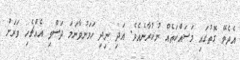
އެދެވޭ ގޮތުގައި މަސައްކަތެއް ނުކުރާނެއެވެ. އަދި ނިދި ހަމަނުވާނަމަ ދަސްވި އެއްޗެހި ވަރަށް